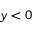
y < 0